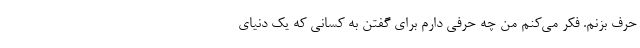
حرف بزنم. فکر می‌کنم من چه حرفی دارم برای گفتن به کسانی که یک دنیای